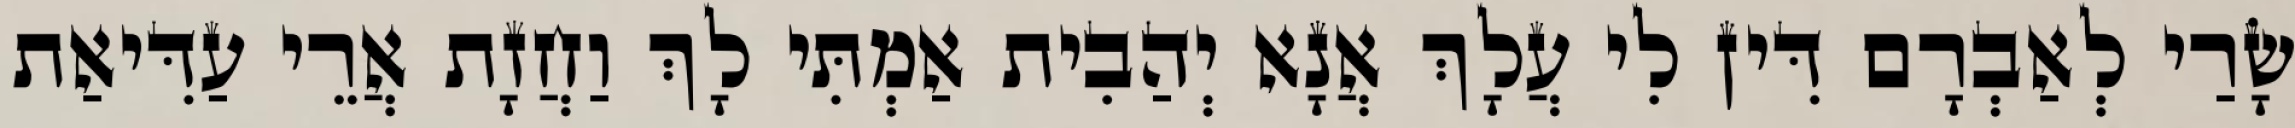
שָׂרַי לְאַבְרָם דִּין לִי עֲלָךְ אֲנָא יְהַבִית אַמְתִּי לָךְ וַחֲזָת אֲרֵי עַדִּיאַת